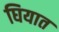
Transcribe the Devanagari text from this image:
घियात